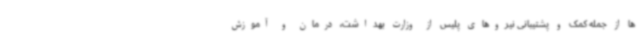
ها از جمله کمک و پشتیبانی نیروهای پلیس از وزارت بهداشت، درمان و آموزش